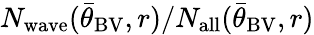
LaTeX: N_{\mathrm{wave}}({\bar{\theta}}_{\mathrm{BV}},r)/N_{\mathrm{all}}({\bar{\theta}}_{\mathrm{BV}},r)